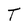
Character: T